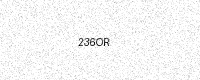
Text: 236OR